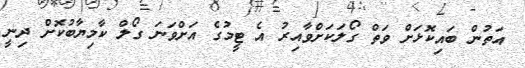
އަތުން ބައިކޮޅަށް ވަތް ގޯލަކަށްވާއިރު އެ ޓީމުގެ އަށްވަނަ ގޯލް ކާމިޔާބުކޮށް ދިނީ